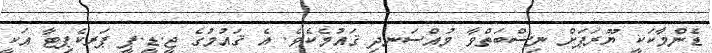
ޑެންމާކަކީ ޔޫރަޕަށް ނިސްބަތްވާ މުއްސަނދި ޤައުމެކެވެ. އެ ޤައުމުގެ ޖީ.ޑީ.ޕީ ޕަރކެޕިޓާ އަކީ